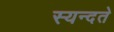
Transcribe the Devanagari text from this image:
स्यन्दते